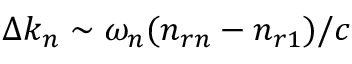
\Delta k _ { n } \sim \omega _ { n } ( n _ { r n } - n _ { r 1 } ) / c